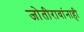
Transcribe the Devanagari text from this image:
जोतीरावांनाही